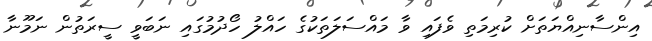
އިންސާނިއްޔަތަށް ކުރިމަތި ވެފައި ވާ މައްސަލަތަކުގެ ހައްލު ހޯދުމުގައި ނަބަވީ ސީރަތުން ނަމޫނާ